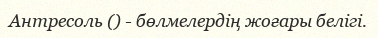
Антресоль () - бөлмелердің жоғары белігі.